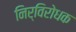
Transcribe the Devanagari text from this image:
निर्विरोधक